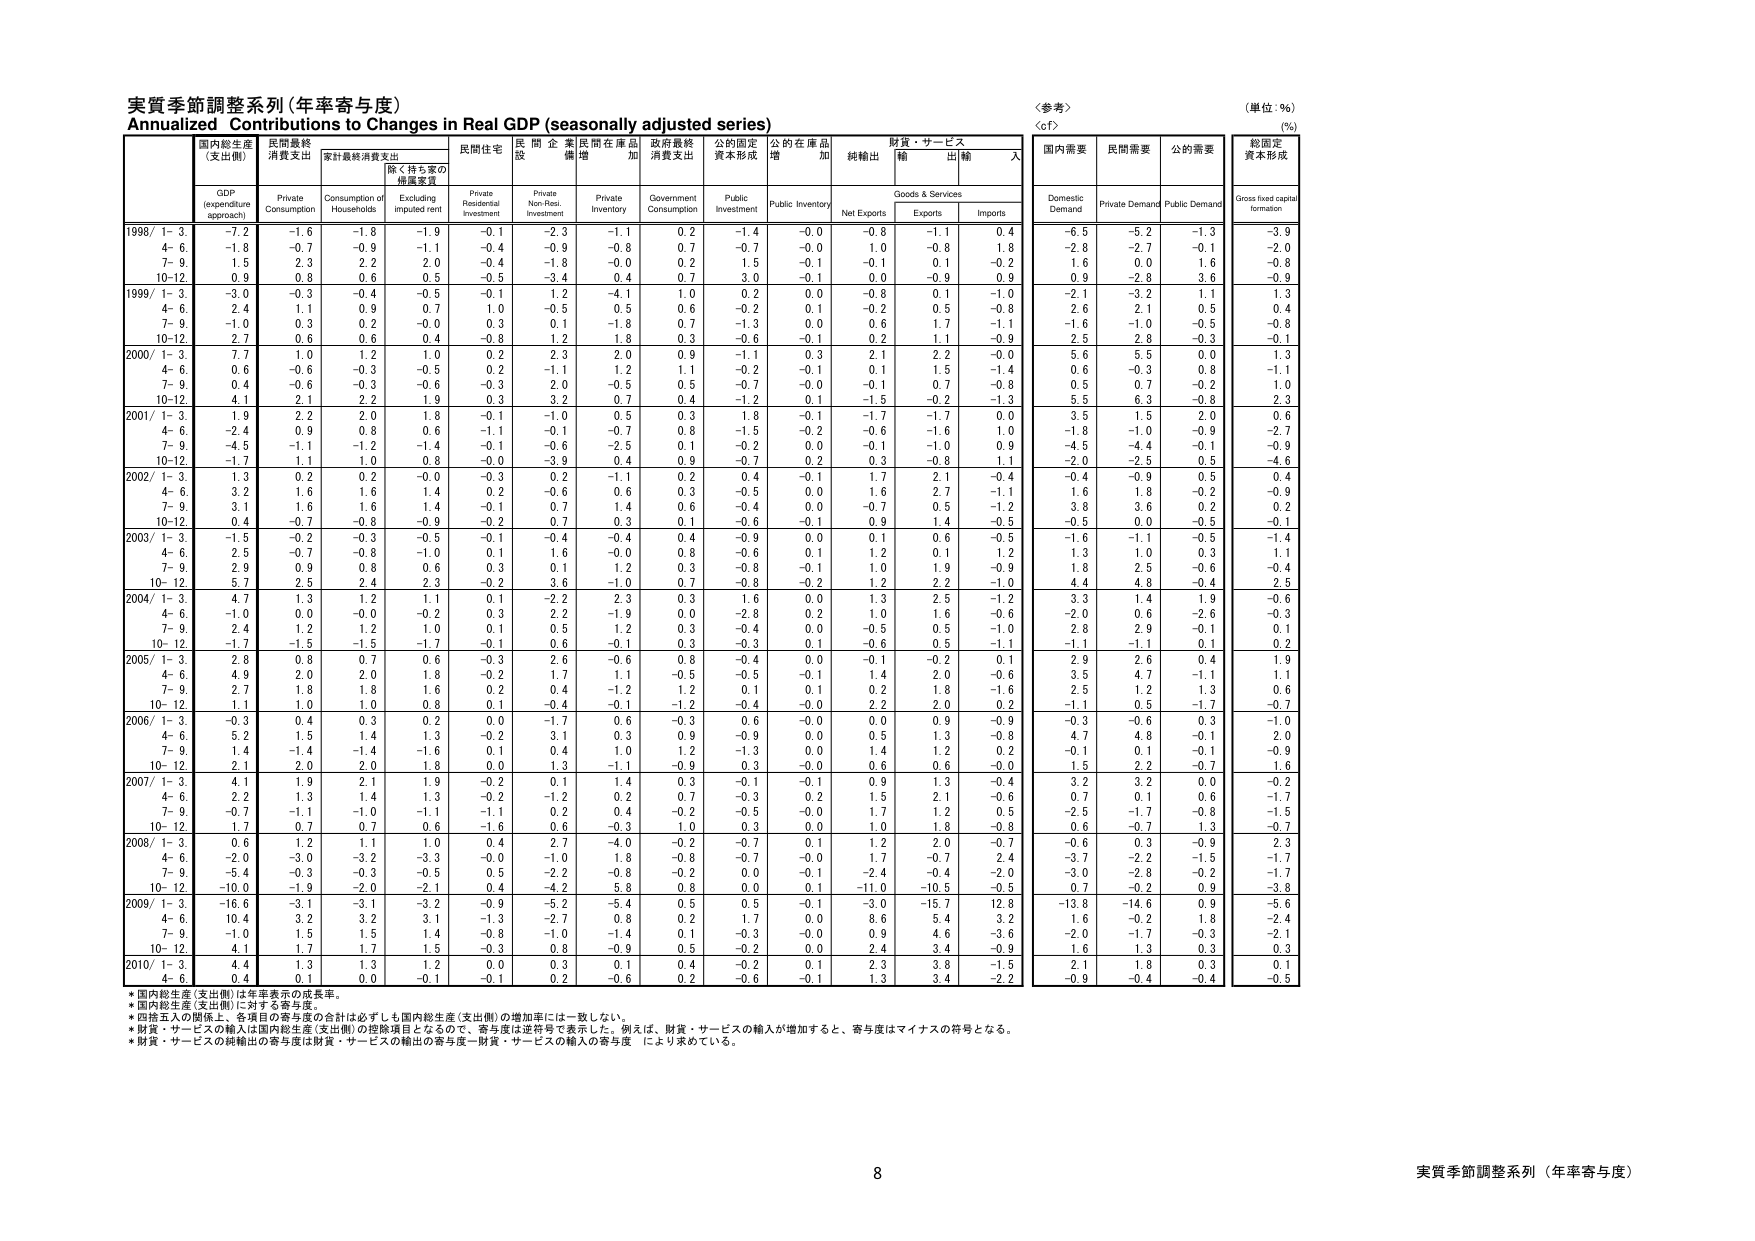
実質季節調整系列（年率寄与度）
Annualized Contributions to Changes in Real GDP (seasonally adjusted series)

〈参考〉
〈cf〉

（単位：%）
(%)

国内総生産
(支出側)
民間最終
消費支出
家計最終消費支出
民間住宅
民間企業
設備
民間在庫品
増加
政府最終
消費支出
公的固定
資本形成
公的在庫品
増加
純輸出
財貨・サービス
輸出
輸入

GDP
(expenditure
approach)
Private
Consumption
Consumption of
Households
Excluding
imputed rent
Private
Residential
Investment
Private
Non-Res.
Investment
Private
Inventory
Government
Consumption
Public
Investment
Public Inventory
Net Exports
Goods & Services
Exports
Imports

国内需要
民間需要
公的需要
総固定
資本形成

Domestic
Demand
Private Demand
Public Demand
Gross fixed capital
formation

1998/ 1-3.
-7.2
-1.6
-1.8
-1.9
-0.1
-2.3
-1.1
0.2
-1.4
-0.0
-0.8
-1.1
0.4
-6.5
-5.2
-1.3
-3.9

4-6.
-1.8
-0.7
-0.9
-1.1
-0.4
-0.9
-0.8
0.7
-0.7
-0.0
1.0
-0.8
1.8
-2.8
-2.7
-0.1
-2.0

7-9.
1.5
2.3
2.2
2.0
-0.4
-1.8
-0.0
0.2
1.5
-0.1
-0.1
0.1
-0.2
1.6
0.0
1.6
-0.8

10-12.
0.9
0.8
0.6
0.5
-0.5
-3.4
0.4
0.7
3.0
-0.1
0.0
-0.9
0.9
0.9
-2.8
3.6
-0.9

1999/ 1-3.
-3.0
-0.3
-0.4
-0.5
-0.1
1.2
-4.1
1.0
0.2
0.0
-0.8
0.1
-1.0
-2.1
-3.2
1.1
1.3

4-6.
2.4
1.1
0.9
0.7
1.0
-0.5
0.5
0.6
-0.2
0.1
-0.2
0.5
-0.8
2.6
2.1
0.5
0.4

7-9.
-1.0
0.3
0.2
-0.0
0.3
0.1
-1.8
0.7
-1.3
0.0
0.6
1.7
-1.1
-1.6
-1.0
-0.5
-0.8

10-12.
2.7
0.6
0.6
0.4
-0.8
1.2
1.8
0.3
-0.6
-0.1
0.2
1.1
-0.9
2.5
2.8
-0.3
-0.1

2000/ 1-3.
7.7
1.0
1.2
1.0
0.2
2.3
2.0
0.9
-1.1
0.3
2.1
2.2
-0.0
5.6
5.5
0.0
1.3

4-6.
0.6
-0.6
-0.3
-0.5
0.2
-1.1
1.2
1.1
-0.2
-0.1
0.1
1.5
-1.4
0.6
-0.3
0.8
-1.1

7-9.
0.4
-0.6
-0.3
-0.6
-0.3
2.0
-0.5
0.5
-0.7
-0.0
-0.1
0.7
-0.8
0.5
0.7
-0.2
1.0

10-12.
4.1
2.1
2.2
1.9
0.3
3.2
0.7
0.4
-1.2
0.1
-1.5
-0.2
-1.3
5.5
6.3
-0.8
2.3

2001/ 1-3.
1.9
2.2
2.0
1.8
-0.1
-1.0
0.5
0.3
1.8
-0.1
-1.7
-1.7
0.0
3.5
1.5
2.0
0.6

4-6.
-2.4
0.9
0.8
0.6
-1.1
-0.1
-0.7
0.8
-1.5
-0.2
-0.6
-1.6
1.0
-1.8
-1.0
-0.9
-2.7

7-9.
-4.5
-1.1
-1.1
-0.1
-0.1
-0.6
-2.5
0.1
-0.3
0.0
-0.1
-1.0
-0.9
-4.6
-0.1
-0.1
-0.9

10-12.
-1.7
1.1
1.0
0.8
-0.0
-3.9
0.4
0.9
-0.7
0.2
0.3
-0.8
1.1
-2.0
-2.5
0.5
-4.6

2002/ 1-3.
1.3
0.2
0.2
-0.0
-0.3
0.2
-1.1
0.2
0.4
-0.1
1.7
2.1
-0.4
-0.4
-0.9
0.5
-0.4

4-6.
3.2
1.6
1.6
1.4
0.2
-0.6
0.6
0.3
-0.5
0.0
1.6
2.7
-1.1
1.6
1.8
-0.2
-0.9

7-9.
3.1
1.6
1.6
1.4
-0.1
0.7
1.4
0.6
-0.4
0.0
-0.7
0.5
-1.2
3.8
3.6
0.2
0.2

10-12.
0.4
-0.7
-0.8
-0.9
-0.2
0.7
0.3
0.1
-0.6
-0.1
0.9
1.4
-0.5
-0.5
0.0
-0.5
-0.1

2003/ 1-3.
-1.5
-0.2
-0.3
-0.5
-0.1
-0.4
-0.4
0.4
-0.9
0.0
0.1
0.6
-0.5
-1.6
-1.1
-0.5
-1.4

4-6.
2.5
-0.7
-0.8
-1.0
0.1
1.6
-0.0
0.8
-0.6
0.1
1.2
0.1
1.2
1.3
1.0
0.3
1.1

7-9.
2.9
0.9
0.8
0.6
0.3
0.1
1.2
0.3
-0.8
-0.1
1.0
1.9
-0.9
1.8
2.5
-0.6
-0.4

10-12.
5.7
2.5
2.4
2.3
-0.2
3.6
-1.0
0.7
-0.8
-0.2
1.2
2.2
-1.0
4.4
4.8
-0.4
2.5

2004/ 1-3.
4.7
1.3
1.2
1.1
0.1
-2.2
2.3
0.3
1.6
0.0
1.3
2.5
-1.2
3.3
1.4
1.9
-0.6

4-6.
-1.0
0.0
-0.0
-0.2
0.3
2.2
-1.9
0.0
-2.8
0.2
1.0
1.6
-0.6
-2.0
0.6
-2.6
-0.3

7-9.
2.4
1.2
1.2
1.0
0.1
0.5
1.2
0.3
-0.4
0.0
-0.5
0.5
-1.0
2.8
2.9
-0.1
0.1

10-12.
-1.7
-1.5
-1.5
-1.7
-0.1
0.6
-0.1
0.3
-0.3
0.1
-0.6
0.5
-1.1
-1.1
-1.1
0.1
0.2

2005/ 1-3.
2.8
0.8
0.7
0.6
-0.3
2.6
-0.6
0.8
-0.4
0.0
-0.1
-0.2
0.1
2.9
2.6
0.4
1.9

4-6.
4.9
2.0
2.0
1.8
-0.2
1.7
1.1
-0.5
-0.5
-0.1
1.4
2.0
-0.6
3.5
4.7
-1.1
1.1

7-9.
2.7
1.8
1.8
1.6
0.2
0.4
-1.2
1.2
0.1
0.1
0.2
1.8
-1.6
2.5
1.2
1.3
0.6

10-12.
1.1
1.0
1.0
0.8
0.1
-0.4
-0.1
-1.2
-0.4
-0.0
2.2
2.0
0.2
-1.1
0.5
-1.7
-0.7

2006/ 1-3.
-0.3
0.4
0.3
0.2
0.0
-1.7
0.6
-0.3
0.6
-0.0
0.0
0.9
-0.9
-0.3
-0.6
0.3
-1.0

4-6.
5.2
1.5
1.4
1.3
-0.2
3.1
0.3
0.9
-0.9
0.0
0.5
1.3
-0.8
4.7
4.8
-0.1
2.0

7-9.
1.4
-1.4
-1.4
-1.6
0.1
0.4
1.0
1.2
-1.3
0.0
1.4
1.2
0.2
-0.1
0.1
-0.1
-0.9

10-12.
2.1
2.0
2.0
1.8
0.0
1.3
-1.1
-0.9
0.3
-0.0
0.6
0.6
-0.0
1.5
2.2
-0.7
1.6

2007/ 1-3.
4.1
1.9
2.1
1.9
-0.2
0.1
1.4
0.3
-0.1
-0.1
0.9
1.3
-0.4
3.2
3.2
0.0
-0.2

4-6.
2.2
1.3
1.4
1.3
-0.2
-1.2
0.2
0.7
-0.3
0.2
1.5
2.1
-0.6
0.7
0.1
0.6
-1.7

7-9.
-0.7
-1.1
-1.0
-1.1
-0.2
0.2
0.4
-0.2
-0.5
-0.0
1.7
1.2
0.5
-2.5
-1.7
-0.8
-1.5

10-12.
1.7
0.7
0.7
0.6
-1.6
0.6
-0.3
1.0
0.3
0.0
1.0
1.8
-0.8
0.6
-0.7
1.3
-0.7

2008/ 1-3.
0.6
1.2
1.1
1.0
0.4
2.7
-4.0
-0.2
-0.7
0.1
1.2
2.0
-0.7
-0.6
0.3
-0.9
2.3

4-6.
-2.0
-3.0
-3.2
-3.3
-0.0
-1.0
1.8
-0.8
-0.7
-0.0
1.7
-0.7
2.4
-3.7
-2.2
-1.5
-1.7

7-9.
-5.4
-0.3
-0.3
-0.5
0.5
-2.2
-0.8
-0.2
0.0
-0.1
-2.4
-0.4
-2.0
-3.0
-2.8
-0.2
-1.7

10-12.
-10.0
-1.9
-2.0
-2.1
0.4
-4.2
5.8
0.8
0.0
0.1
-11.0
-10.5
-0.5
0.7
-0.2
0.9
-3.8

2009/ 1-3.
-16.6
-3.1
-3.1
-3.2
-0.9
-5.2
-5.4
0.5
0.5
-0.1
-3.0
-15.7
12.8
-13.8
-14.6
0.9
-5.6

4-6.
10.4
3.2
3.2
3.1
-1.3
-2.7
0.8
0.2
1.7
0.0
8.6
5.4
3.2
1.6
-0.2
1.8
-2.4

7-9.
-1.0
1.5
1.5
1.4
-0.8
-1.0
-1.4
0.1
-0.3
-0.0
0.9
4.6
-3.6
-2.0
-1.7
-0.3
-2.1

10-12.
4.1
1.7
1.7
1.5
-0.3
0.8
-0.9
0.5
-0.2
0.0
2.4
3.4
-0.9
1.6
1.3
0.3
0.3

2010/ 1-3.
4.4
1.3
1.3
1.2
0.0
0.3
0.1
0.4
-0.2
0.1
2.3
3.8
-1.5
2.1
1.8
0.3
0.1

4-6.
0.4
0.1
0.0
-0.1
-0.1
0.2
-0.6
0.2
-0.6
-0.1
1.3
3.4
-2.2
-0.9
-0.4
-0.4
-0.5

*国内総生産（支出側）は年率表示の成長率。
*国内総生産（支出側）に対する寄与度。
*四捨五入の関係上、各項目の寄与度の合計は必ずしも国内総生産（支出側）の増加率には一致しない。
*財貨・サービスの輸入は国内総生産（支出側）の控除項目となるので、寄与度は逆符号で表示した。例えば、財貨・サービスの輸入が増加すると、寄与度はマイナスの符号となる。
*財貨・サービスの純輸出の寄与度は財貨・サービスの輸出の寄与度－財貨・サービスの輸入の寄与度 により求めている。

8
実質季節調整系列（年率寄与度）